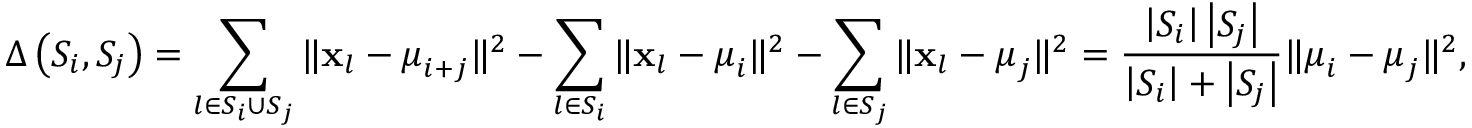
\Delta \left( S _ { i } , S _ { j } \right) = \sum _ { l \in S _ { i } \cup S _ { j } } \| \mathbf { x } _ { l } - \boldsymbol { \mu } _ { i + j } \| ^ { 2 } - \sum _ { l \in S _ { i } } \| \mathbf { x } _ { l } - \boldsymbol { \mu } _ { i } \| ^ { 2 } - \sum _ { l \in S _ { j } } \| \mathbf { x } _ { l } - \boldsymbol { \mu } _ { j } \| ^ { 2 } = \frac { \left| S _ { i } \right| \left| S _ { j } \right| } { \left| S _ { i } \right| + \left| S _ { j } \right| } \| \boldsymbol { \mu } _ { i } - \boldsymbol { \mu } _ { j } \| ^ { 2 } ,